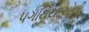
પગથિયાઓની